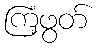
ကြံ့ဖွတ်